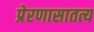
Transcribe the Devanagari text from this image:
प्रेरणासातत्य